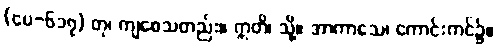
(ပေ-၆၁၇) တု၊ ကျစေသတည်း။ ဣတိ၊ သို့။ အာကာသေ၊ ကောင်းကင်၌။